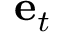
{ \bf e } _ { t }